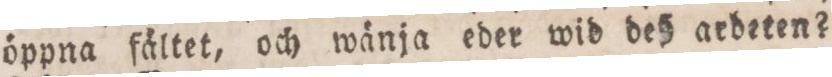
öppna fältet, och wänja eder wid deß aebeten?